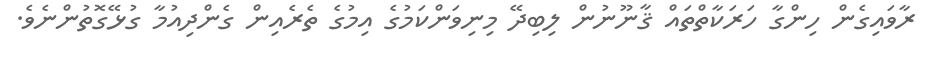
ރާވައިގެން ހިންގާ ހަރަކާތްތައް ޤާނޫނުން ލިބިދޭ މިނިވަންކަމުގެ އިމުގެ ތެރެއިން ގެންދިއުމާ ގުޅޭގޮތުންނެވެ.